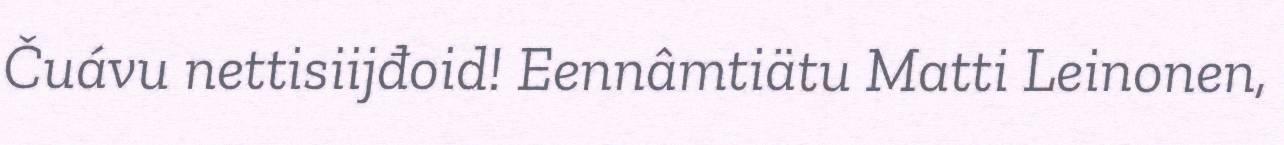
Čuávu nettisiijđoid! Eennâmtiätu Matti Leinonen,